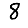
Digit: 8